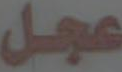
عجل